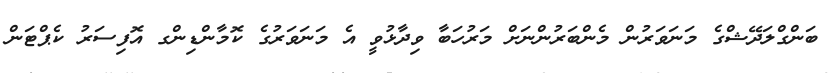
ބަންގްލަދޭޝްގެ މަނަވަރުން މެންބަރުންނަށް މަރުހަބާ ވިދާޅުވީ އެ މަނަވަރުގެ ކޮމާންޑިންގ އޮފިސަރު ކެޕްޓަން